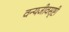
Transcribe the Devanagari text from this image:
वन्यजीवसृष्टी